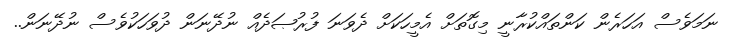
ނަމަވެސް އަހަރެން ކަންތައްކުރާނީ މިގޮތަށް އެމީހަކަށް ދެވަނަ ފުރުޞަދެއް ނުދޭނަން ދުވަހަކުވެސް ނުދޭނަން..